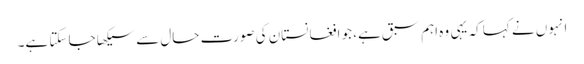
انہوں نے کہا کہ یہی وہ اہم سبق ہے، جو افغانستان کی صورت حال سے سیکھا جا سکتا ہے۔